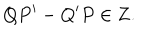
LaTeX: Q P ^ { \prime } - Q ^ { \prime } P \in { \bf Z } .